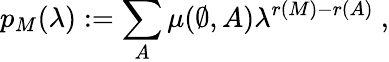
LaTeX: p_{M}(\lambda):=\sum_{A}\mu(\emptyset,A)\lambda^{r(M)-r(A)}\ ,